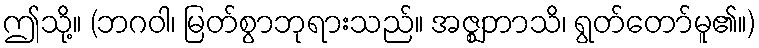
ဤသို့။ (ဘဂဝါ၊ မြတ်စွာဘုရားသည်။ အဇ္ဈဘာသိ၊ ရွတ်တော်မူ၏။)